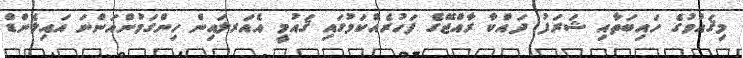
މިޤައުމުގެ ހައިބަތާއި ޝަރަފު ދައްކާ ރާއްޖޭގެ ފަހުރެއްކަމުގައި ޤައުމީ އެއަރލައިން ހިންގަމުންއަންނަ އައިލެންޑް